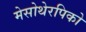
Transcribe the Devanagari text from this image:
मेसोथेरपिको